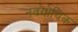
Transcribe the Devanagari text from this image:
नवगोथिक